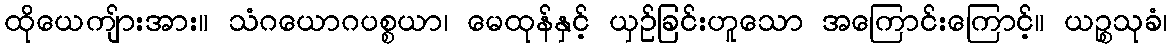
ထိုယေကျ်ားအား။ သံဂယောဂပစ္စယာ၊ မေထုန်နှင့် ယှဉ်ခြင်းဟူသော အကြောင်းကြောင့်။ ယဉ္စသုခံ၊